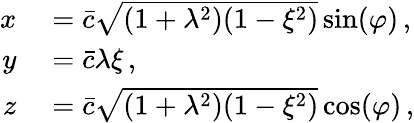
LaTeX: \begin{array}{rl}{x}&{{}=\bar{c}\sqrt{(1+\lambda^{2})(1-\xi^{2})}\sin(\varphi)\, ,}\\ {y}&{{}=\bar{c}\lambda\xi\, ,}\\ {z}&{{}=\bar{c}\sqrt{(1+\lambda^{2})(1-\xi^{2})}\cos(\varphi)\, ,}\end{array}